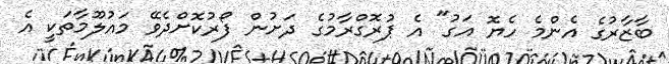
ބާޒާރުގެ އެންމެ ހެޔޮ އަގު" އެ ޕުރޮގްރާމުގެ ދަށުން ފޯރުކޮށްދެވޭ މައުލޫމާތަކީ އެ